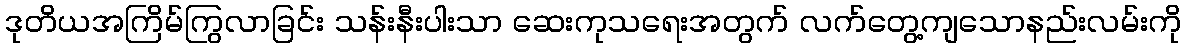
ဒုတိယအကြိမ်ကြွလာခြင်း သန်းနီးပါးသာ ဆေးကုသရေးအတွက် လက်တွေ့ကျသောနည်းလမ်းကို